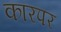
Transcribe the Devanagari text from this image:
कारपर